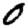
Digit: 0